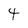
Character: 4